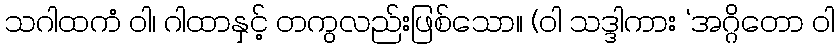
သဂါထကံ ဝါ၊ ဂါထာနှင့် တကွလည်းဖြစ်သော။ (ဝါ သဒ္ဒါကား ‘အဂ္ဂိတော ဝါ